Civil Veterinary Department Bengal reports 1933-51 - 1933-1951
Year: 1933
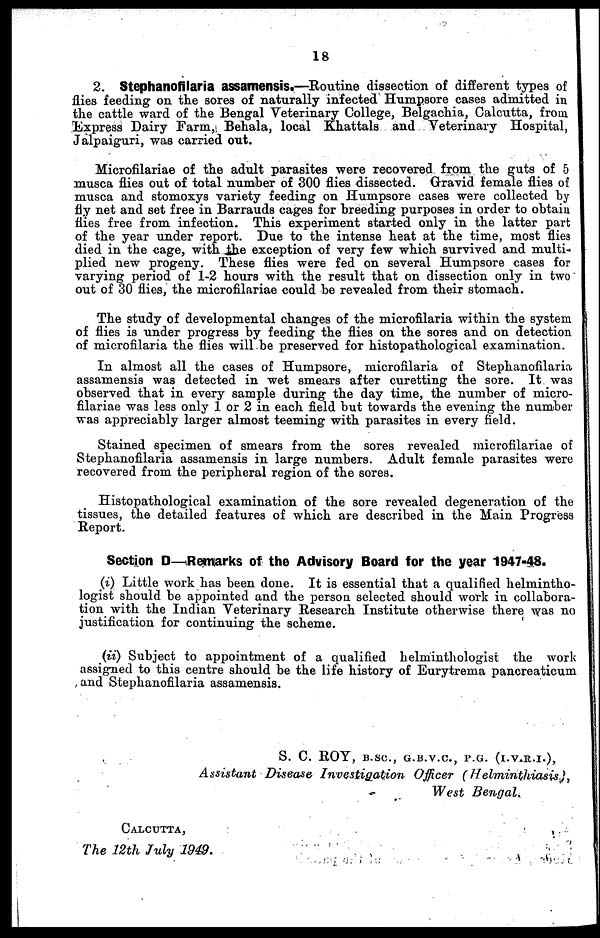
18
2. Stephanofilaria assamensis.—Routine dissection of different types of
flies feeding on the sores of naturally infected Humpsore cases admitted in
the cattle ward of the Bengal Veterinary College, Belgachia, Calcutta, from
Express Dairy Farm, Behala, local Khattals and Veterinary Hospital,
Jalpaiguri, was carried out.
Microfilariae of the adult parasites were recovered from the guts of 5
musca flies out of total number of 300 flies dissected. Gravid female flies of
musca and stomoxys variety feeding on Humpsore cases were collected by
fly net and set free in Barrauds cages for breeding purposes in order to obtain
flies free from infection. This experiment started only in the latter part
of the year under report. Due to the intense heat at the time, most flies
died in the cage, with the exception of very few which survived and multi-
plied new progeny. These flies were fed on several Humpsore cases for
varying period of 1-2 hours with the result that on dissection only in two
out of 30 flies, the microfilariae could be revealed from their stomach.
The study of developmental changes of the microfilaria within the system
of flies is under progress by feeding the flies on the sores and on detection
of microfilaria the flies will be preserved for histopathological examination.
In almost all the cases of Humpsore, microfilaria of Stephanofilaria
assamensis was detected in wet smears after curetting the sore. It was
observed that in every sample during the day time, the number of micro-
filariae was less only 1 or 2 in each field but towards the evening the number
was appreciably larger almost teeming with parasites in every field.
Stained specimen of smears from the sores revealed microfilariae of
Stephanofilaria assamensis in large numbers. Adult female parasites were
recovered from the peripheral region of the sores.
Histopathological examination of the sore revealed degeneration of the
tissues, the detailed features of which are described in the Main Progress
Report.
Section D—Remarks of the Advisory Board for the year 1947-48.
(i) Little work has been done. It is essential that a qualified helmintho-
logist should be appointed and the person selected should work in collabora-
tion with the Indian Veterinary Research Institute otherwise there was no
justification for continuing the scheme.
(ii) Subject to appointment of a qualified helminthologist the work
assigned to this centre should be the life history of Eurytrema pancreaticum
and Stephanofilaria assamensis.
S. C. ROY, B.SC., G.B.V.C., P.G. (I.V.R.I.),
Assistant Disease Investigation
Officer
(Helminthiasis.),
West Bengal.
CALCUTTA,
The 12th July 1949.